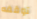
توقفه